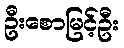
ဦးစောမြင့်ဦး